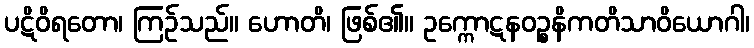
ပဋိဝိရတော၊ ကြဉ်သည်။ ဟောတိ၊ ဖြစ်၏။ ဥက္ကောဋနဝဉ္စနိကတိသာဝိယောဂါ၊